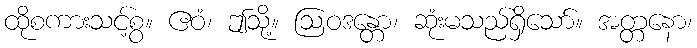
ထိုစကားသင့်စွ။ ဧဝံ၊ ဤသို့။ ဩဝဒန္တော၊ ဆုံးမသည်ရှိသော်။ အတ္တနော၊